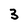
Character: 3